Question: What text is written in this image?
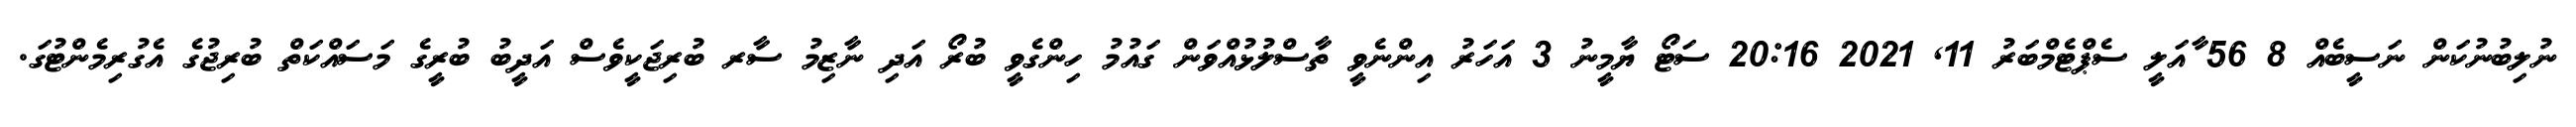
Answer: ނުލިބުނުކަން ނަސީބެއް 8 56 ާއަލީ ސެޕްޓެމްބަރު 11, 2021 20:16 ސަޓޯ ޔާމީނު 3 އަހަރު އިންނެވީ ތާސްލުޅުއްވަން ގައުމު ހިންގެވީ ބުރޯ އަދި ނާޒިމު ސާރ ބުރިޖަކީވެސް އަދީބު ބުރީގެ މަސައްކަތް ބުރިޖުގެ އެގުރިމެންޓުގަ.